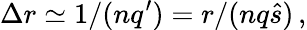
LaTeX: \Delta r\simeq 1/(nq^{\prime})=r/(nq\hat{s})\, ,